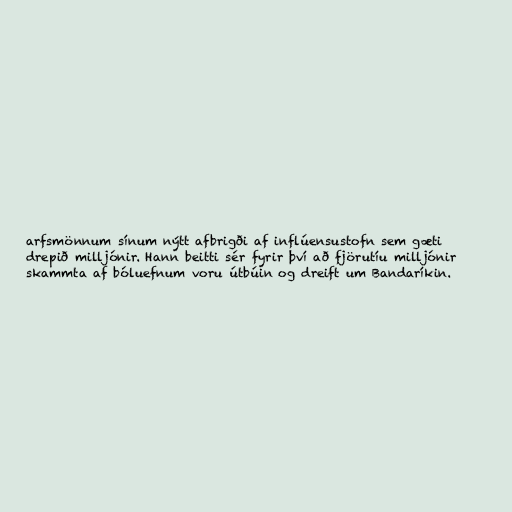
arfsmönnum sínum nýtt afbrigði af inflúensustofn sem gæti
drepið milljónir. Hann beitti sér fyrir því að fjörutíu milljónir
skammta af bóluefnum voru útbúin og dreift um Bandaríkin.